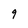
Character: 9